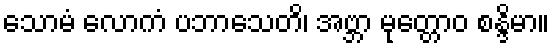
သောမံ လောကံ ပဘာသေတိ၊ အဗ္ဘာ မုတ္တောဝ စန္ဒိမာ။